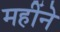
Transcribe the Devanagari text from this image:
महींने